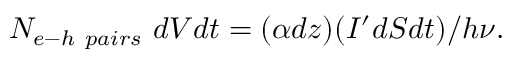
N _ { e - h \ p a i r s } \ d V d t = ( \alpha d z ) ( I ^ { \prime } d S d t ) / h \nu .